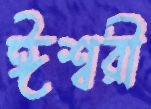
ঈশ্বরী